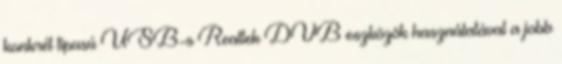
konkrét tipusú USB-s Realtek DVB eszközök használatával a jobb